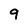
Character: q